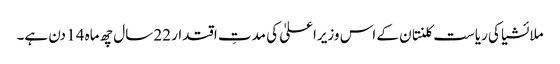
ملائشیا کی ریاست کلنتان کے اس وزیراعلیٰ کی مدتِ اقتدار 22 سال چھ ماہ 14 دن ہے۔